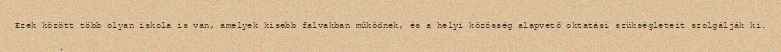
Ezek között több olyan iskola is van, amelyek kisebb falvakban működnek, és a helyi közösség alapvető oktatási szükségleteit szolgálják ki.